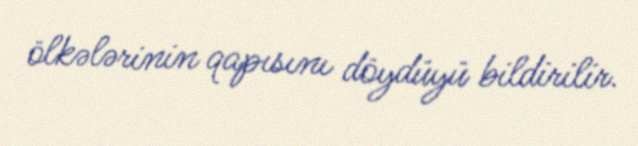
ölkələrinin qapısını döydüyü bildirilir.